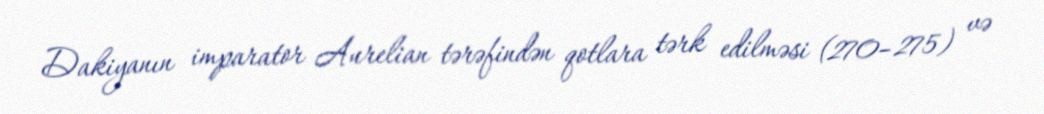
Dakiyanın imparator Aurelian tərəfindən qotlara tərk edilməsi (270–275) və